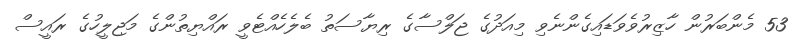
53 މެންބަރުން ހާޒިރުވެވަޑައިގެންނެވި މިއަދުގެ ޖަލްސާގެ ރިޔާސަތު ބެލެހެއްޓެވީ ރައްޔިތުންގެ މަޖިލީހުގެ ރައީސް